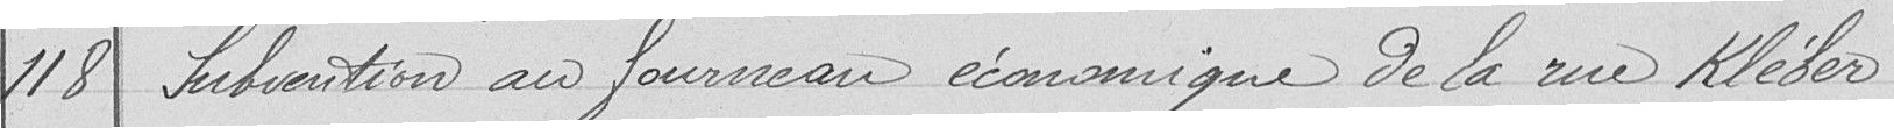
118 Subvention au fourneau économique de la rue Kléber